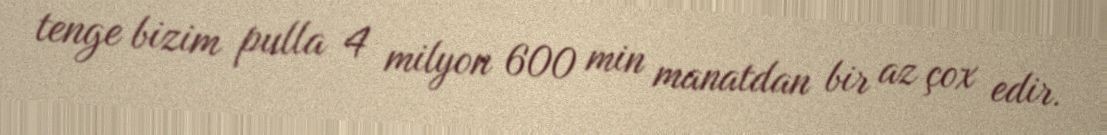
tenge bizim pulla 4 milyon 600 min manatdan bir az çox edir.